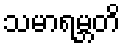
သမာရမ္ဘတိ